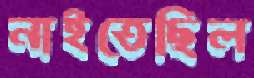
নাইতেছিল